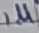
Text: 1µ